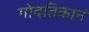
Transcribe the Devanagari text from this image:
गोवतिकानं